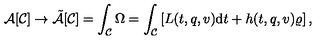
{ \cal A } [ { \cal C } ] \rightarrow \tilde { \cal A } [ { \cal C } ] = \int _ { \cal C } \Omega = \int _ { \cal C } \left[ L ( t , q , v ) \mathrm { d } t + h ( t , q , v ) \varrho \right] ,